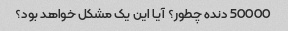
50000 دنده چطور؟ آیا این یک مشکل خواهد بود؟